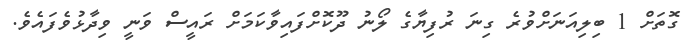
ގޮތަށް 1 ބިލިއަނަށްވުރެ ގިނަ ރުފިޔާގެ ލޯނު ދޫކޮށްފައިވާކަމަށް ރައީސް ވަނީ ވިދާޅުވެފައެވެ.